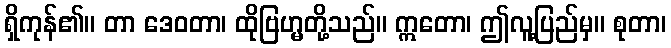
ရှိကုန်၏။ တာ ဒေဝတာ၊ ထိုဗြဟ္မတို့သည်။ ဣတော၊ ဤလူ့ပြည်မှ။ စုတာ၊